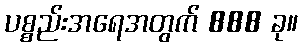
ပစ္စည်းအရေအတွက် 888 ခု။